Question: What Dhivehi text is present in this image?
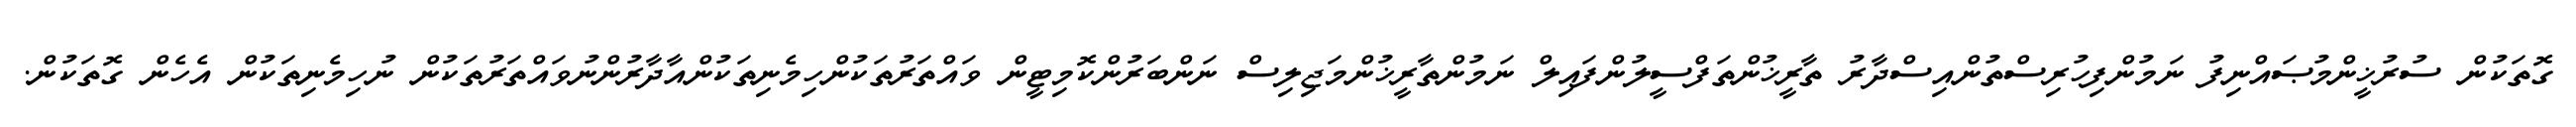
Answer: ގޮތަކުން ސުރުޚީންމުޞައްނިފު ނަމުންފިހުރިސްތުންއިސްދާރު ތާރީޚުންތަފްސީލުންފައިލް ނަމުންތާރީޚުންމަޖިލިސް ނަންބަރުންކޮމިޓީން ވައްތަރުތަކުންހިމެނިތަކުންއާދާރުންނުވައްތަރުތަކުން ނުހިމެނިތަކުން އެހެން ގޮތަކުން.